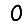
Digit: 0